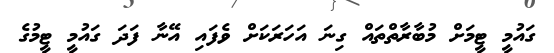
ގައުމީ ޓީމަށް މުބާރާތްތައް ގިނަ އަހަރަކަށް ވެފައި އޭނާ ފަދަ ގައުމީ ޓީމުގެ